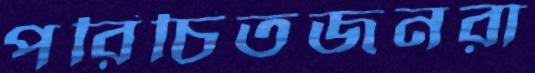
পরিচিতজনরা